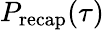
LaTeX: P_{\mathrm{recap}}(\tau)